Indian journal of veterinary science and animal husbandry - Volumes 18-21, 1948-1951
Year: 1948
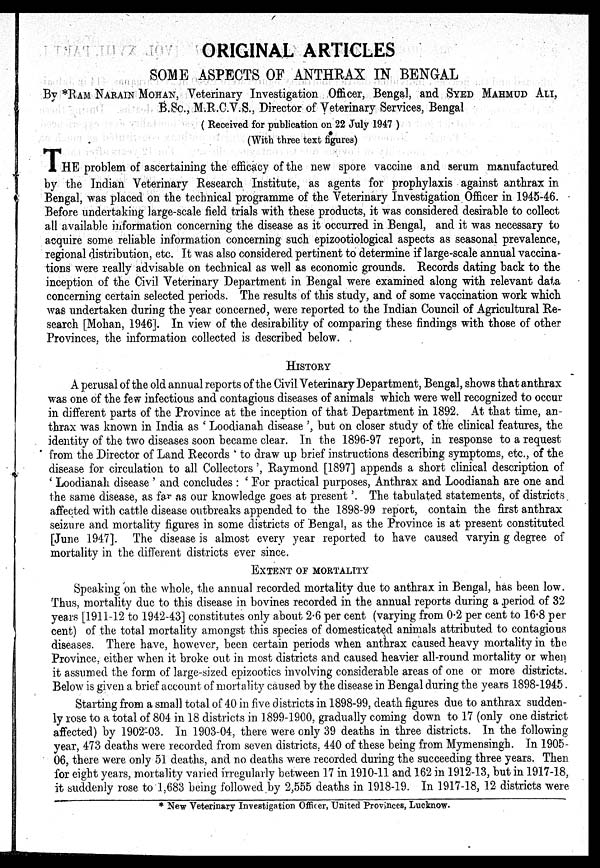
ORIGINAL ARTICLES
SOME ASPECTS OF ANTHRAX IN BENGAL
By *RAM NARAIN MOHAN, Veterinary Investigation Officer, Bengal, and SYED MAHMUD ALI,
B.Sc., M.R.C.V.S., Director of Veterinary Services, Bengal
( Received for publication on 22 July 1947 )
(With three text figures)
THE problem of ascertaining the efficacy of the new spore vaccine and serum manufactured
by the Indian Veterinary Research Institute, as agents for prophylaxis against anthrax in
Bengal, was placed on the technical programme of the Veterinary Investigation Officer in 1945-46.
Before undertaking large-scale field trials with these products, it was considered desirable to collect
all available information concerning the disease as it occurred in Bengal, and it was necessary to
acquire some reliable information concerning such epizootiological aspects as seasonal prevalence,
regional distribution, etc. It was also considered pertinent to determine if large-scale annual vaccina-
tions were really advisable on technical as well as economic grounds. Records dating back to the
inception of the Civil Veterinary Department in Bengal were examined along with relevant data
concerning certain selected periods. The results of this study, and of some vaccination work which
was undertaken during the year concerned, were reported to the Indian Council of Agricultural Re-
search [Mohan, 1946]. In view of the desirability of comparing these findings with those of other
Provinces, the information collected is described below.
HISTORY
A perusal of the old annual reports of the Civil Veterinary Department, Bengal, shows that anthrax
was one of the few infectious and contagious diseases of animals which were well recognized to occur
in different parts of the Province at the inception of that Department in 1892. At that time, an-
thrax was known in India as 'Loodianah disease', but on closer study of the clinical features, the
identity of the two diseases soon became clear. In the 1896-97 report, in response to a request
from the Director of Land Records 'to draw up brief instructions describing symptoms, etc., of the
disease for circulation to all Collectors', Raymond [1897] appends a short clinical description of
'Loodianah disease' and concludes: 'For practical purposes, Anthrax and Loodianah are one and
the same disease, as far as our knowledge goes at present'. The tabulated statements, of districts
affected with cattle disease outbreaks appended to the 1898-99 report, contain the first anthrax
seizure and mortality figures in some districts of Bengal, as the Province is at present constituted
[June 1947]. The disease is almost every year reported to have caused varyin g degree of
mortality in the different districts ever since.
EXTENT OF MORTALITY
Speaking on the whole, the annual recorded mortality due to anthrax in Bengal, has been low.
Thus, mortality due to this disease in bovines recorded in the annual reports during a period of 32
years [1911-12 to 1942-43] constitutes only about 2.6 per cent (varying from 0.2 per cent to 16.8 per
cent) of the total mortality amongst this species of domesticated animals attributed to contagious
diseases. There have, however, been certain periods when anthrax caused heavy mortality in the
Province, either when it broke out in most districts and caused heavier all-round mortality or when
it assumed the form of large-sized epizootics involving considerable areas of one or more districts.
Below is given a brief account of mortality caused by the disease in Bengal during the years 1898-1945.
Starting from a small total of 40 in five districts in 1898-99, death figures due to anthrax sudden-
ly rose to a total of 804 in 18 districts in 1899-1900, gradually coming down to 17 (only one district
affected) by 1902-03. In 1903-04, there were only 39 deaths in three districts. In the following
year, 473 deaths were recorded from seven districts, 440 of these being from Mymensingh. In 1905-
06, there were only 51 deaths, and no deaths were recorded during the succeeding three years. Then
for eight years, mortality varied irregularly between 17 in 1910-11 and 162 in 1912-13, but in 1917-18,
it suddenly rose to 1,683 being followed by 2,555 deaths in 1918-19. In 1917-18, 12 districts were
* New Veterinary Investigation Officer, United Provinces, Lucknow.